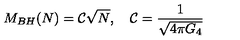
M _ { B H } ( N ) = { \cal C } \sqrt { N } , \quad { \cal C } = \frac { 1 } { \sqrt { 4 \pi G _ { 4 } } }